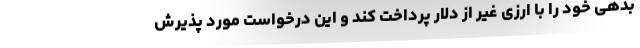
بدهی خود را با ارزی غیر از دلار پرداخت کند و این درخواست مورد پذیرش